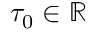
\tau _ { 0 } \in \mathbb { R }